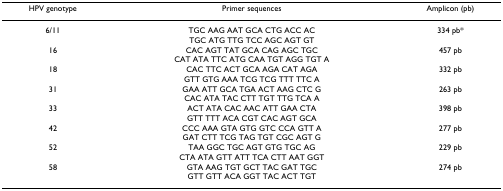
| HPV genotype | Primer sequences | Amplicon (pb) |
 | --- | --- | --- |
 | 6/11 | TGC AAG AAT GCA CTG ACC ACTGC ATG TTG TCC AGC AGT GT | 334 pb* |
 | 16 | CAC AGT TAT GCA CAG AGC TGCCAT ATA TTC ATG CAA TGT AGG TGT A | 457 pb |
 | 18 | CAC TTC ACT GCA AGA CAT AGAGTT GTG AAA TCG TCG TTT TTC A | 332 pb |
 | 31 | GAA ATT GCA TGA ACT AAG CTC GCAC ATA TAC CTT TGT TTG TCA A | 263 pb |
 | 33 | ACT ATA CAC AAC ATT GAA CTAGTT TTT ACA CGT CAC AGT GCA | 398 pb |
 | 42 | CCC AAA GTA GTG GTC CCA GTT AGAT CTT TCG TAG TGT CGC AGT G | 277 pb |
 | 52 | TAA GGC TGC AGT GTG TGC AGCTA ATA GTT ATT TCA CTT AAT GGT | 229 pb |
 | 58 | GTA AAG TGT GCT TAC GAT TGCGTT GTT ACA GGT TAC ACT TGT | 274 pb |